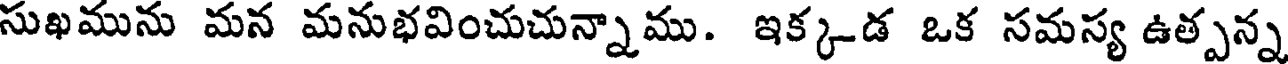
సుఖమును మన మనుభవించుచున్నాము. ఇక్కడ ఒక సమస్య ఉత్పన్న